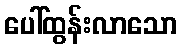
ပေါ်ထွန်းလာသော